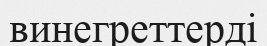
винегреттерді